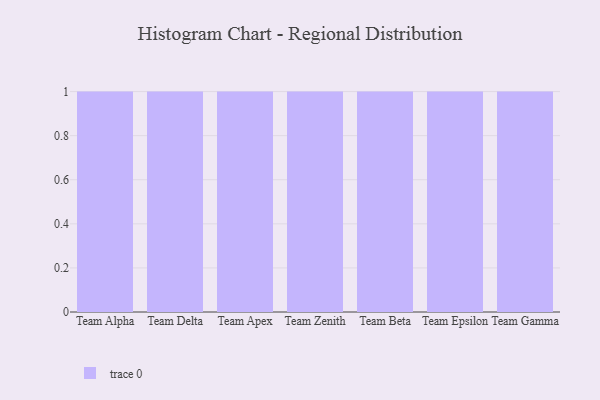
{"axis": {"x": "Team", "y": "Energy Usage (MWh)"}, "legend": [""], "data": [{"x": "Team Alpha", "y": 76, "type": ""}, {"x": "Team Delta", "y": 34, "type": ""}, {"x": "Team Apex", "y": 23, "type": ""}, {"x": "Team Zenith", "y": 4, "type": ""}, {"x": "Team Beta", "y": 69, "type": ""}, {"x": "Team Epsilon", "y": 49, "type": ""}, {"x": "Team Gamma", "y": 70, "type": ""}]}